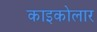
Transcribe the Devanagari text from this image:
काइकोलार